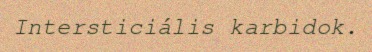
Intersticiális karbidok.